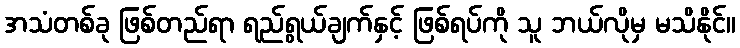
အသံတစ်ခု ဖြစ်တည်ရာ ရည်ရွယ်ချက်နှင့် ဖြစ်ရပ်ကို သူ ဘယ်လိုမှ မသိနိုင်။